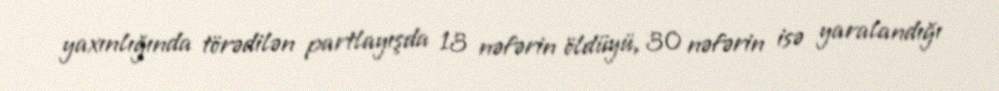
yaxınlığında törədilən partlayışda 13 nəfərin öldüyü, 30 nəfərin isə yaralandığı